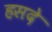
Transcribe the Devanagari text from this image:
हसदे